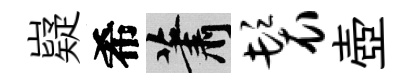
嶷希蕭鬟壺